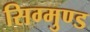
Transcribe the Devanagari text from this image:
सिग्मुण्ड